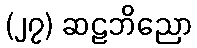
(၂၇) ဆဠဘိညော